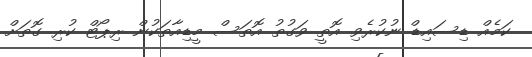
ކަމެއް ޑިސައިޑް ނުކުރެވި އޮތީ ވަގުތު އޮތަސް މީޑިއާތަކުން ރިޕޯޓް ކުރި ގޮތަށް